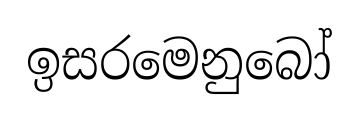
ඉසරමෙනුබෝ